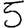
Digit: 5